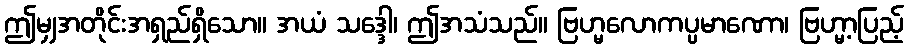
ဤမျှအတိုင်းအရှည်ရှိသော။ အယံ သဒ္ဒေါ၊ ဤအသံသည်။ ဗြဟ္မလောကပ္ပမာဏော၊ ဗြဟ္မာ့ပြည့်